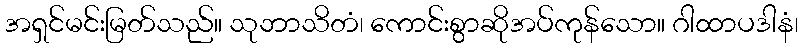
အရှင်မင်းမြတ်သည်။ သုဘာသိတံ၊ ကောင်းစွာဆိုအပ်ကုန်သော။ ဂါထာပဒါနံ၊